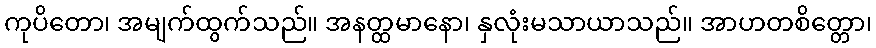
ကုပိတော၊ အမျက်ထွက်သည်။ အနတ္ထမာနော၊ နှလုံးမသာယာသည်။ အာဟတစိတ္တော၊